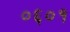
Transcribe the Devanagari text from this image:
०६०१